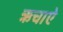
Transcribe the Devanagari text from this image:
ऋचाऐ